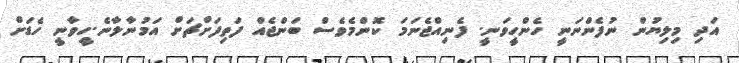
އަދި މިލިޔުން ނުފެންނަނީ ހެންހީވަނީ. ފެނިއްޖެނަމަ ކޮންމެވެސް ބަންޖެއް ފަތިފަށްޗަށް އަމުނާލާނެ.ހީވާނީ ހެޑަށް